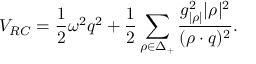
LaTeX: { \cal V } _ { R C } = { \frac { 1 } { 2 } } \omega ^ { 2 } q ^ { 2 } + { \frac { 1 } { 2 } } \sum _ { \rho \in \Delta _ { + } } { \frac { g _ { | \rho | } ^ { 2 } | \rho | ^ { 2 } } { ( \rho \cdot q ) ^ { 2 } } } .